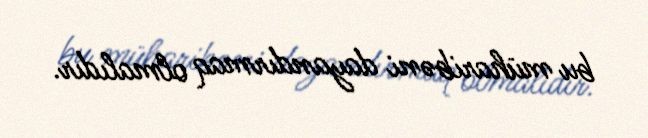
bu müharibəni dayandırmaq olmalıdır.